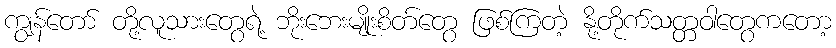
ကျွန်တော် တို့လူသားတွေရဲ့ ဘိုးဘေးမျိုးစိတ်တွေ ဖြစ်ကြတဲ့ နို့တိုက်သတ္တဝါတွေကတော့